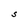
Character: S